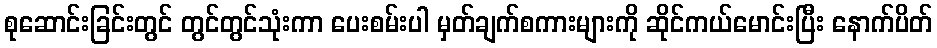
စုဆောင်းခြင်းတွင် တွင်တွင်သုံးကာ ပေးစမ်းပါ မှတ်ချက်စကားများကို ဆိုင်ကယ်မောင်းပြီး နောက်ပိတ်